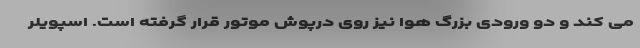
می کند و دو ورودی بزرگ هوا نیز روی درپوش موتور قرار گرفته است. اسپویلر